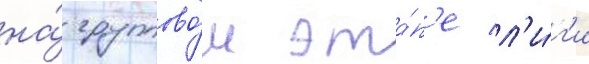
на́ группово́м эта́п'е л'и́г'и